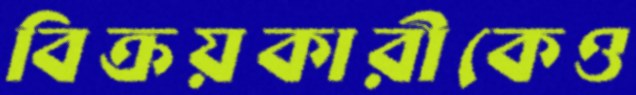
বিক্রয়কারীকেও